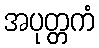
အပုတ္တကံ